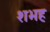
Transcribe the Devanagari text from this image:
शभह